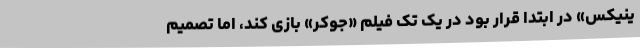
ینیکس» در ابتدا قرار بود در یک تک فیلم «جوکر» بازی کند، اما تصمیم